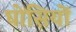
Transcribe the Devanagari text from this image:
घोसियों